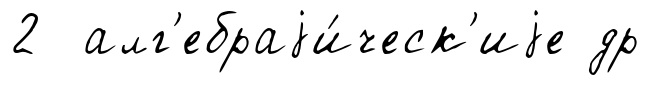
2 алг'ебраjи́ческ'иjе др